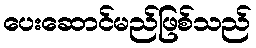
ပေးဆောင်မည်ဖြစ်သည်